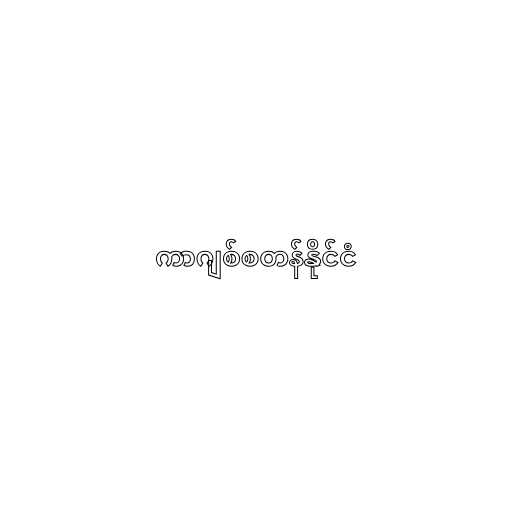
ကာဂျစ်စတန်နိုင်ငံ